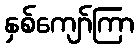
နှစ်ကျော်ကြာ